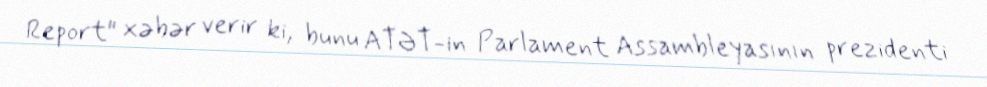
Report" xəbər verir ki, bunu ATƏT-in Parlament Assambleyasının prezidenti